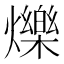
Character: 爍